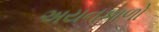
અયનકાળો